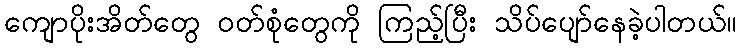
ကျောပိုးအိတ်တွေ ဝတ်စုံတွေကို ကြည့်ပြီး သိပ်ပျော်နေခဲ့ပါတယ်။